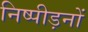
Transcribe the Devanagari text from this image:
निष्पीड़नों